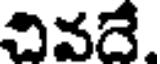
చివదే.